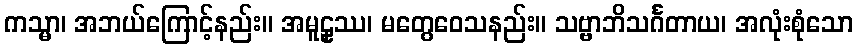
ကသ္မာ၊ အဘယ်ကြောင့်နည်း။ အမူဠှဿ၊ မတွေဝေသနည်း။ သဗ္ဗာဘိသင်္ဂတာယ၊ အလုံးစုံသော